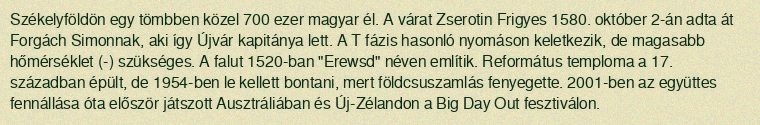
Székelyföldön egy tömbben közel 700 ezer magyar él. A várat Zserotin Frigyes 1580. október 2-án adta át Forgách Simonnak, aki így Újvár kapitánya lett. A T fázis hasonló nyomáson keletkezik, de magasabb hőmérséklet (-) szükséges. A falut 1520-ban "Erewsd" néven említik. Református temploma a 17. században épült, de 1954-ben le kellett bontani, mert földcsuszamlás fenyegette. 2001-ben az együttes fennállása óta először játszott Ausztráliában és Új-Zélandon a Big Day Out fesztiválon.